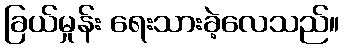
ခြယ်မှုန်း ရေးသားခဲ့လေသည်။